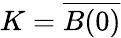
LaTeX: K={\overline{{B(0)}}}